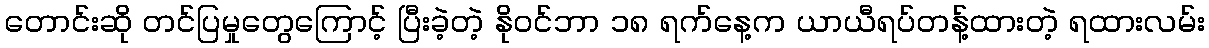
တောင်းဆို တင်ပြမှုတွေကြောင့် ပြီးခဲ့တဲ့ နိုဝင်ဘာ ၁၈ ရက်နေ့က ယာယီရပ်တန့်ထားတဲ့ ရထားလမ်း